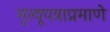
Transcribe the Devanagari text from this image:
मृत्यूपत्राप्रमाणे